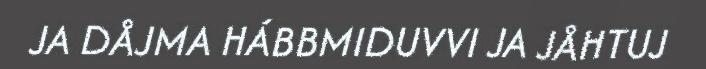
JA DÅJMA HÁBBMIDUVVI JA JÅHTUJ